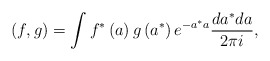
\begin{align*}\left( f,g\right) =\int f^{\ast }\left( a\right) g\left( a^{\ast }\right) e^{-a^{\ast }a}\frac{da^{\ast }da}{2\pi i},\end{align*}